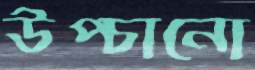
উপ্‌চানো